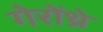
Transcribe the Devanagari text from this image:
गेरोंथ्रे